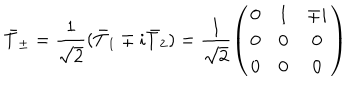
\bar { T } _ { \pm } = \frac { 1 } { \sqrt { 2 } } ( \bar { T } _ { 1 } \mp i \bar { T } _ { 2 } ) = \frac { 1 } { \sqrt { 2 } } \left( \begin{array} { c c c } { { 0 } } & { { 1 } } & { { \mp i } } \\ { { 0 } } & { { 0 } } & { { 0 } } \\ { { 0 } } & { { 0 } } & { { 0 } } \\ \end{array} \right)